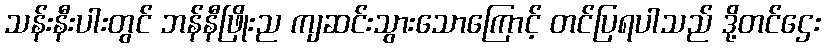
သန်းနီးပါးတွင် ဘန်နီဖြိုးည ကျဆင်းသွားသောကြောင့် တင်ပြရပါသည် ဒို့တင်ဌေး